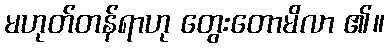
မဟုတ်တန်ရာဟု တွေးတောမိလာ ၏။